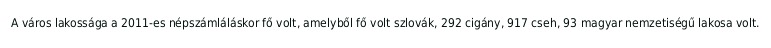
A város lakossága a 2011-es népszámláláskor fő volt, amelyből fő volt szlovák, 292 cigány, 917 cseh, 93 magyar nemzetiségű lakosa volt.